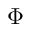
\Phi